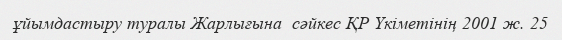
ұйымдастыру туралы Жарлығына  сәйкес ҚР Үкіметінің 2001 ж. 25